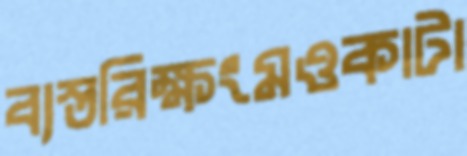
ব্যস্তরিক্ষংমওকাটা